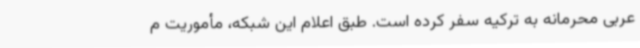
عربی محرمانه به ترکیه سفر کرده است. طبق اعلام این شبکه، مأموریت م